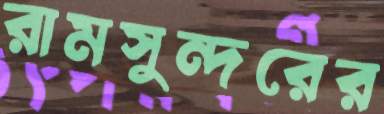
রামসুন্দরের